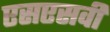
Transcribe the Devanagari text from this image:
एसएसवी